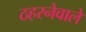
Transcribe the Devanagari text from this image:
ठहरनेवाले